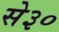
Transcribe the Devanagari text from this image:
से३०